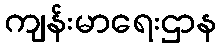
ကျန်းမာရေးဌာန